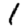
Digit: 1